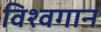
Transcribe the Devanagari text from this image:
विश्वगान